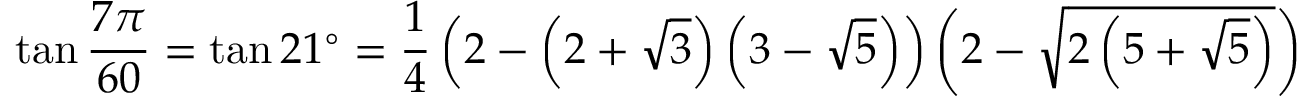
\tan { \frac { 7 \pi } { 6 0 } } = \tan 2 1 ^ { \circ } = { \frac { 1 } { 4 } } \left( 2 - \left( 2 + { \sqrt { 3 } } \right) \left( 3 - { \sqrt { 5 } } \right) \right) \left( 2 - { \sqrt { 2 \left( 5 + { \sqrt { 5 } } \right) } } \right)